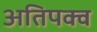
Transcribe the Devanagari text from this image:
अतिपक्व